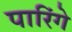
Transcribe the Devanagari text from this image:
पारिंगे